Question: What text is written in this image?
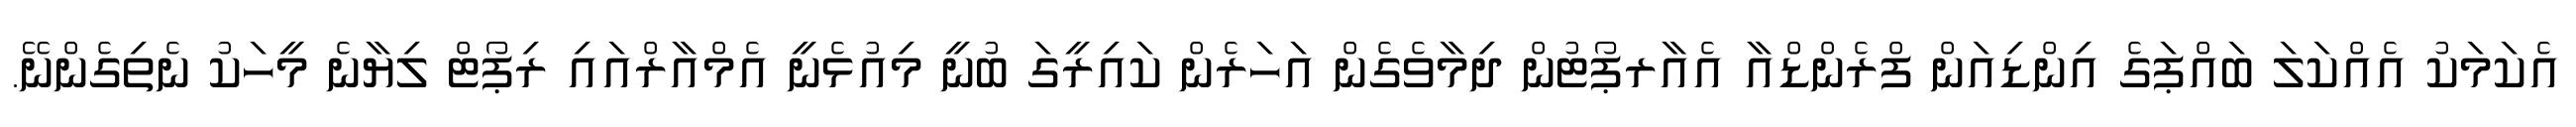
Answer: އެކަމަކު އެއްކަލަ ބައްޕަގެ އިންޑިއަން ފްރެންޑްއާ އެއާރޕޯޓުން ދިމާވެގެން އަހަރެން ކައިރީގަ ބުނީ މިއުޅެނީ އެމްއާރްއައި ރިޕޯޓް ލިޔާނެ މީހަކު ނެތިގެންނޭ.